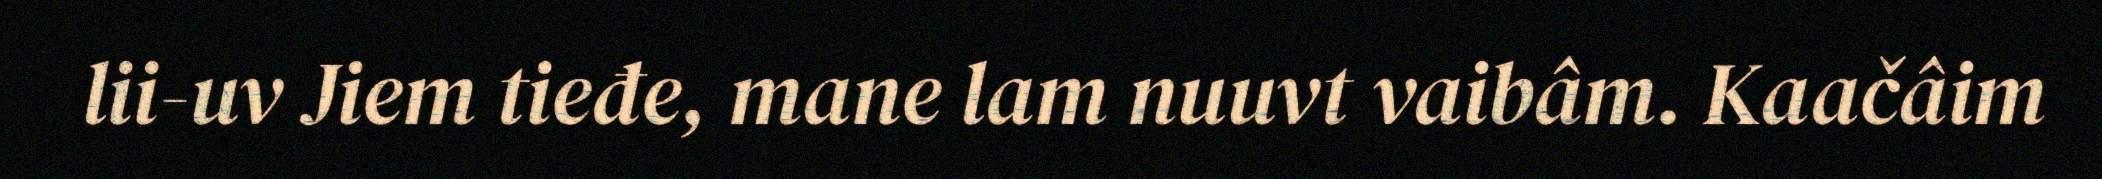
lii-uv Jiem tieđe, mane lam nuuvt vaibâm. Kaačâim